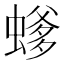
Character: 𱿿